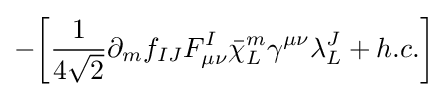
-{\bigg [}{\frac {1}{4{\sqrt {2}}}}\partial _{m}f_{IJ}F_{\mu \nu }^{I}{\bar {\chi }}_{L}^{m}\gamma ^{\mu \nu }\lambda _{L}^{J}+h.c.{\bigg ]}